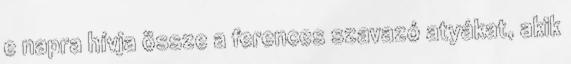
e napra hívja össze a ferences szavazó atyákat, akik